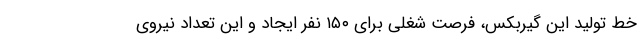
خط تولید این گیربکس، فرصت شغلی برای ۱۵۰ نفر ایجاد و این تعداد نیروی